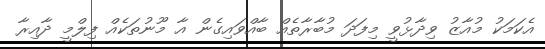
އެކަމަކު މުއާޒު ވިދާޅުވީ މިފަދަ މުބާރާތެއް ބާއްވައިގެން އާ މޫނުތަކެއް ފިލްމީ ދާއިރާ